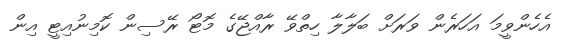
އެހެންވީމަ އަހަރެން ވަރަށް ބަލާލާ ހިތްވޭ ރާއްޖޭގެ މޮޓޯ ރޭސިން ކޮމިނުއިޓީ އިން